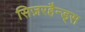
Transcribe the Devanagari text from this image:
सिज़रहैन्ड्स